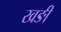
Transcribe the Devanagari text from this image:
खङी